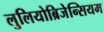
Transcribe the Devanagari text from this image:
लुलियोब्रिजेन्सियम